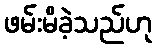
ဖမ်းမိခဲ့သည်ဟု